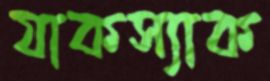
যাকস্যাক